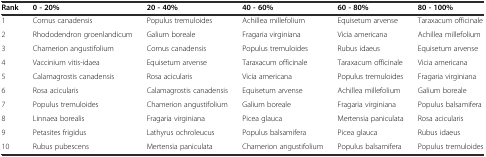
<table><thead><tr><td><b>Rank</b></td><td><b>0-20%</b></td><td><b>20-40%</b></td><td><b>40-60%</b></td><td><b>60-80%</b></td><td><b>80-100%</b></td></tr></thead><tbody><tr><td>1</td><td>Cornus canadensis</td><td>Populus tremuloides</td><td>Achillea millefolium</td><td>Equisetum arvense</td><td>Taraxacum officinale</td></tr><tr><td>2</td><td>Rhododendron groenlandicum</td><td>Galium boreale</td><td>Fragaria virginiana</td><td>Vicia americana</td><td>Achillea millefolium</td></tr><tr><td>3</td><td>Chamerion angustifolium</td><td>Cornus canadensis</td><td>Populus tremuloides</td><td>Rubus idaeus</td><td>Equisetum arvense</td></tr><tr><td>4</td><td>Vaccinium vitis-idaea</td><td>Equisetum arvense</td><td>Taraxacum officinale</td><td>Taraxacum officinale</td><td>Vicia americana</td></tr><tr><td>5</td><td>Calamagrostis canadensis</td><td>Rosa acicularis</td><td>Vicia americana</td><td>Populus tremuloides</td><td>Fragaria virginiana</td></tr><tr><td>6</td><td>Rosa acicularis</td><td>Calamagrostis canadensis</td><td>Equisetum arvense</td><td>Achillea millefolium</td><td>Galium boreale</td></tr><tr><td>7</td><td>Populus tremuloides</td><td>Chamerion angustifolium</td><td>Galium boreale</td><td>Fragaria virginiana</td><td>Populus balsamifera</td></tr><tr><td>8</td><td>Linnaea borealis</td><td>Fragaria virginiana</td><td>Picea glauca</td><td>Mertensia paniculata</td><td>Rosa acicularis</td></tr><tr><td>9</td><td>Petasites frigidus</td><td>Lathyrus ochroleucus</td><td>Populus balsamifera</td><td>Picea glauca</td><td>Rubus idaeus</td></tr><tr><td>10</td><td>Rubus pubescens</td><td>Mertensia paniculata</td><td>Chamerion angustifolium</td><td>Populus balsamifera</td><td>Populus tremuloides</td></tr></tbody></table>